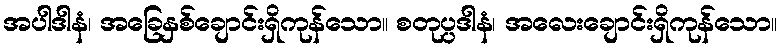
အပါဒါနံ၊ အခြေနှစ်ချောင်းရှိကုန်သော။ စတုပ္ပဒါနံ၊ အလေးချောင်းရှိကုန်သော။